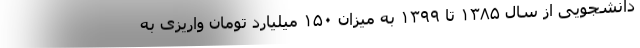
دانشجویی از سال ۱۳۸۵ تا ۱۳۹۹ به میزان ۱۵۰ میلیارد تومان واریزی به